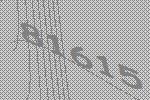
81615